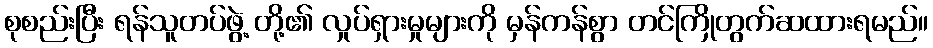
စုစည်းပြီး ရန်သူတပ်ဖွဲ့ တို့၏ လှုပ်ရှားမှုများကို မှန်ကန်စွာ တင်ကြိုတွက်ဆထားရမည်။